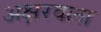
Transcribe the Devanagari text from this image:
अक्षरवला